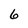
Character: 6